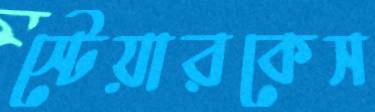
স্টেয়ারকেস